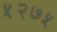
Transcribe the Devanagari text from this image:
५२७५